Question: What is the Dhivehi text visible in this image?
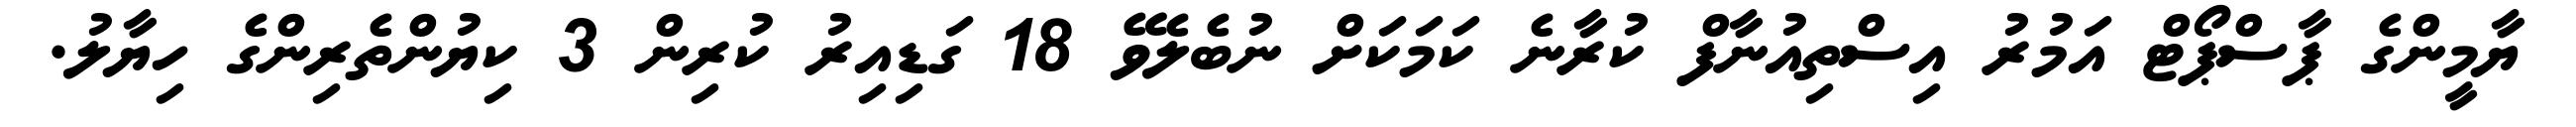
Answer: ޔާމީންގެ ޕާސްޕޯޓް އަމުރު އިސްތިއުނާފް ކުރާނެ ކަމަކަށް ނުބެލެވޭ 18 ގަޑިއިރު ކުރިން 3 ކިޔުންތެރިންގެ ހިޔާލު.